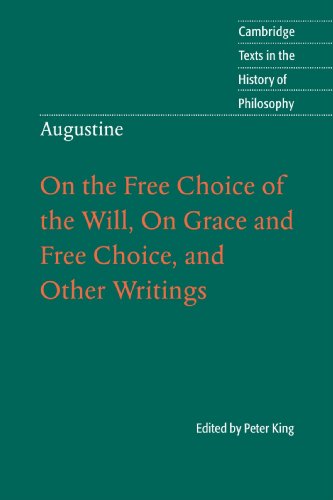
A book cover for Augustine: On the Free Choice of the Will, On Grace and Free Choice, and Other Writings (Cambridge Texts in the History of Philosophy); Politics & Social Sciences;